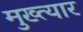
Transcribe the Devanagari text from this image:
मुख्त्यार